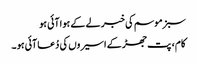
سبز موسم کی خبر لے کے ہوا آئی ہو
کام ، پت جھڑ کے اسیروں کی دُعا آئی ہو ۔